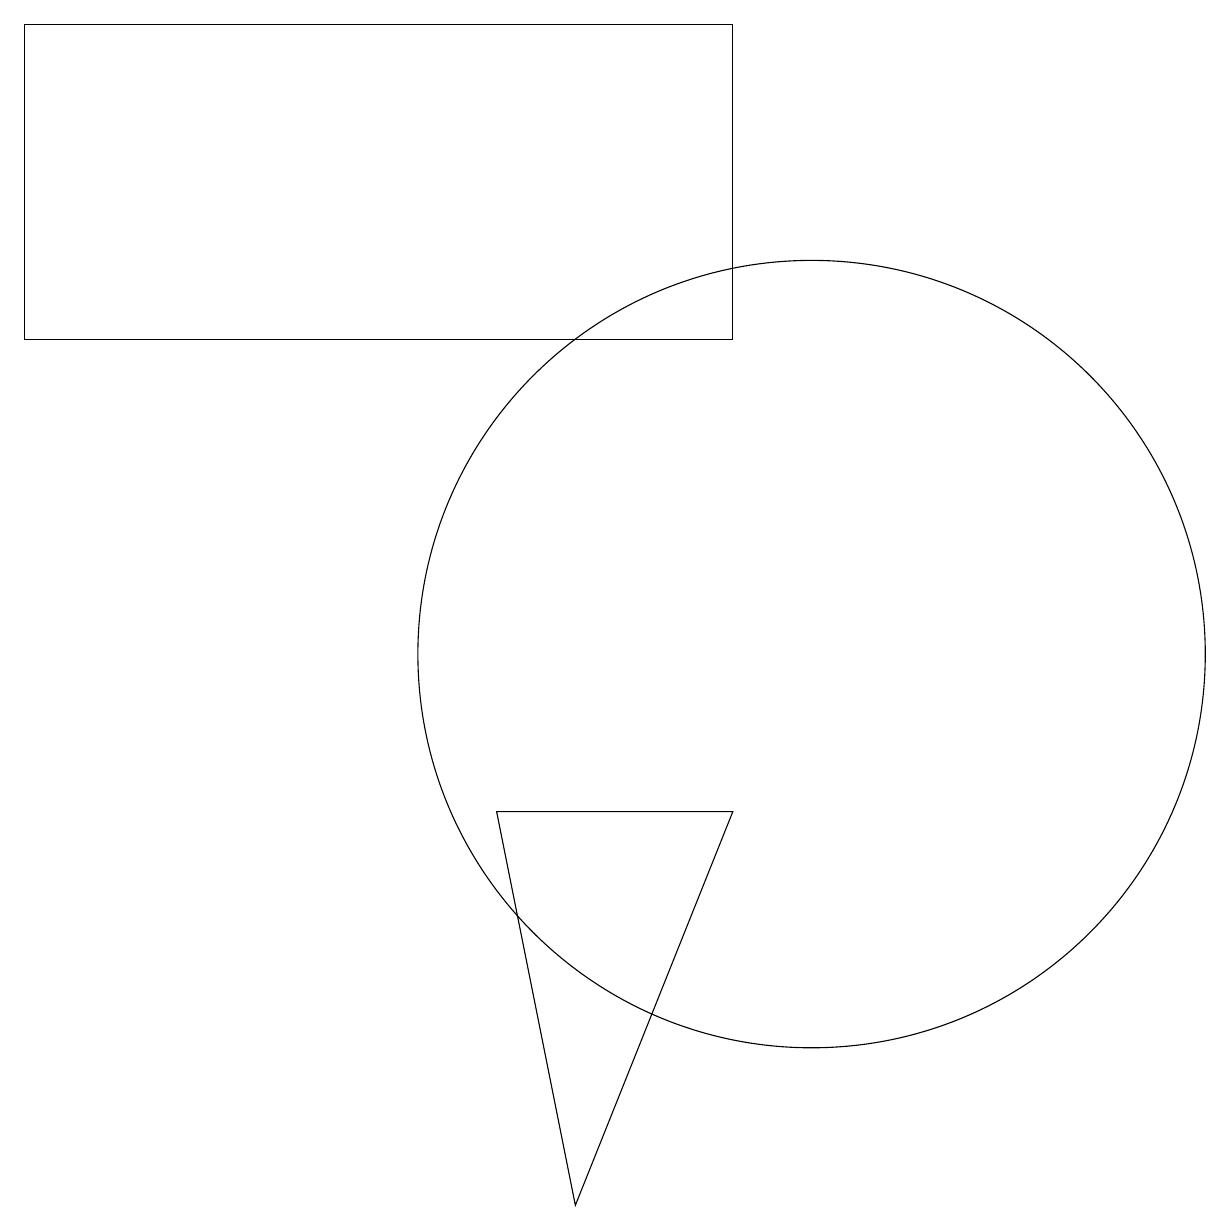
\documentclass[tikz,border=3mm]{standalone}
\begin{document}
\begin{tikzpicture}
\draw (9,19) rectangle (0,15);
\draw (10,11) circle (5);
\draw (6,9) -- (9,9) -- (7,4) -- cycle;
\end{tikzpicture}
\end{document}